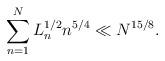
LaTeX: \begin{align*} \sum_{n=1}^{N}L_n^{1/2}n^{5/4}\ll N^{15/8}.\end{align*}